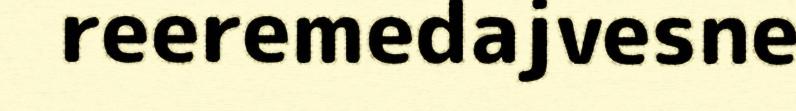
reeremedajvesne